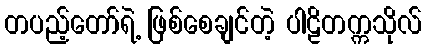
တပည့်တော်ရဲ့ ဖြစ်စေချင်တဲ့ ပါဠိတက္ကသိုလ်